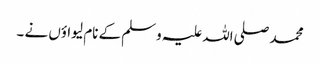
محمد صلی اللہ علیہ وسلم کے نام لیواؤں نے ۔